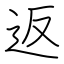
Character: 返